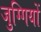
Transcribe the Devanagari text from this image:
जुग्गियों